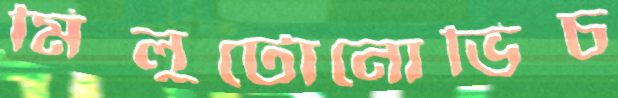
মিলুটোনোভিচ